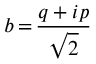
b \, { = } \, \frac { q + i p } { \sqrt { 2 } }